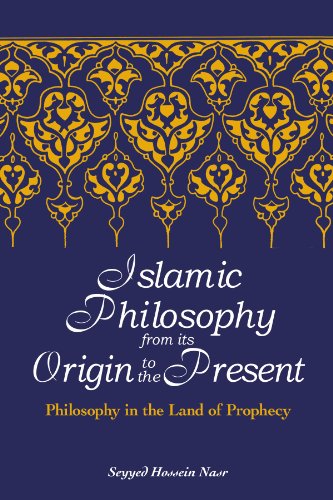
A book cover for Islamic Philosophy from Its Origin to the Present: Philosophy in the Land of Prophecy (Suny Series in Islam); Seyyed Hossein Nasr; Religion & Spirituality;